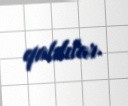
qaldılar.